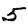
Digit: 5